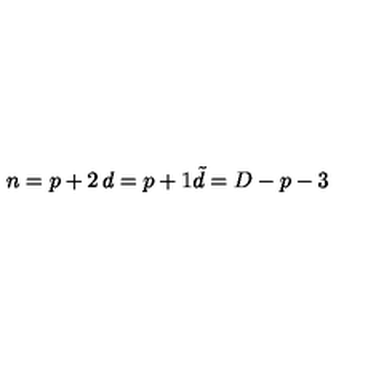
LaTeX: \begin{matrix} { n = p + 2 } & { d = p + 1 } \\ { \null } & { { \tilde { d } } = D - p - 3 } \\ \end{matrix}